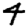
Digit: 4